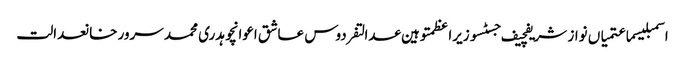
اسمبلیسماعتمیاں نواز شریفچیف جسٹسوزیراعظمتوہین عدالتفردوس عاشق اعوانچوہدری محمد سرور خانعدالت